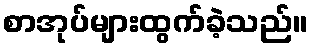
စာအုပ်များထွက်ခဲ့သည်။